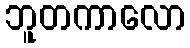
ဘူတကာလော